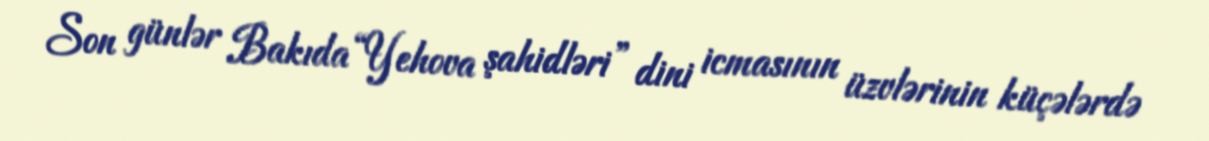
Son günlər Bakıda “Yehova şahidləri” dini icmasının üzvlərinin küçələrdə